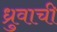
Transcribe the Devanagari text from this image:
ध्रुवाची